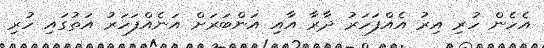
އެހެން ހުރި އިރު އެއްފަހަރު ދާރާ އާއި އަންބަރަށް އަނެއްފަހަރު އަތުގައި ހުރި